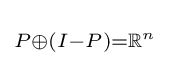
\scriptstyle P\oplus (I-P)=\mathbb {R} ^{n}